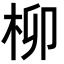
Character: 柳